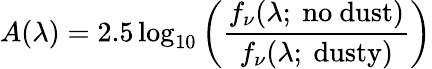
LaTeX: A(\lambda)=2.5\log_{10}\left(\frac{f_{\nu}(\lambda;\mathrm{~no~dust})}{f_{\nu}(\lambda;\mathrm{~dusty})}\right)